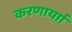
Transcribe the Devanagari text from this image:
करणार्याा